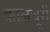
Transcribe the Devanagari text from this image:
कालचूरी